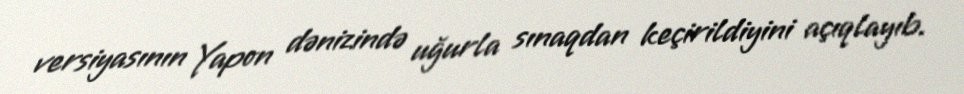
versiyasının Yapon dənizində uğurla sınaqdan keçirildiyini açıqlayıb.